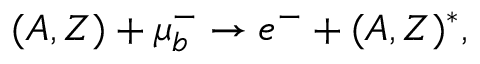
( A , Z ) + \mu _ { b } ^ { - } \to e ^ { - } + ( A , Z ) ^ { * } ,